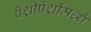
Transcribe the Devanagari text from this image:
पेशीपेशींमध्ये